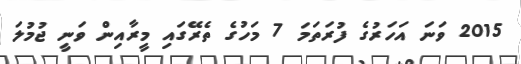
2015 ވަނަ އަހަރުގެ ފުރަތަމަ 7 މަހުގެ ތެރޭގައި މީރާއިން ވަނީ ޖުމުލަ